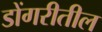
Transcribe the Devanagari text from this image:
डोंगरीतील